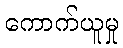
ကောက်ယူမှု